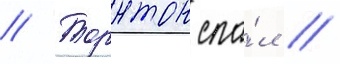
// Торнтон спа́л //